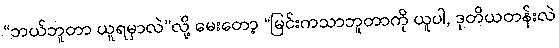
“ဘယ်ဘူတာ ယူရမှာလဲ”လို့ မေးတော့ “မြင်းကသာဘူတာကို ယူပါ, ဒုတိယတန်းလဲ